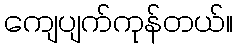
ကျေပျက်ကုန်တယ်။